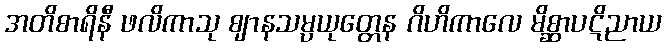
အတိစာရိနီ ဖလိကာသု ဈာနသမ္ပယုတ္တေန ဂိဟိကာလေ မိစ္ဆာပဋိညာယ